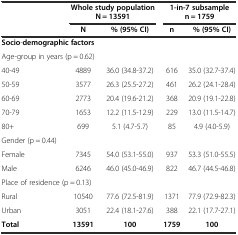
|  | <COLSPAN=2> Whole study population N = 13591 | <COLSPAN=2> 1-in-7 subsample n = 1759 |
 |  | N | % (95% CI) | n | % (95% CI) |
 | --- | --- | --- | --- | --- |
 | <COLSPAN=2> Socio-demographic factors |  |  |  |
 | <COLSPAN=2> Age-group in years (p = 0.62) |  |  |  |
 | 40-49 | 4889 | 36.0 (34.8-37.2) | 616 | 35.0 (32.7-37.4) |
 | 50-59 | 3577 | 26.3 (25.5-27.2) | 461 | 26.2 (24.1-28.4) |
 | 60-69 | 2773 | 20.4 (19.6-21.2) | 368 | 20.9 (19.1-22.8) |
 | 70-79 | 1653 | 12.2 (11.5-12.9) | 229 | 13.0 (11.5-14.7) |
 | 80+ | 699 | 5.1 (4.7-5.7) | 85 | 4.9 (4.0-5.9) |
 | Gender (p = 0.44) |  |  |  |  |
 | Female | 7345 | 54.0 (53.1-55.0) | 937 | 53.3 (51.0-55.5) |
 | Male | 6246 | 46.0 (45.0-46.9) | 822 | 46.7 (44.5-46.8) |
 | <COLSPAN=2> Place of residence (p = 0.13) |  |  |  |
 | Rural | 10540 | 77.6 (72.5-81.9) | 1371 | 77.9 (72.9-82.3) |
 | Urban | 3051 | 22.4 (18.1-27.6) | 388 | 22.1 (17.7-27.1) |
 | Total | 13591 | 100 | 1759 | 100 |